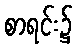
စာရင်း၌